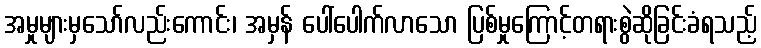
အမှုများမှသော်လည်းကောင်း၊ အမှန် ပေါ်ပေါက်လာသော ပြစ်မှုကြောင့်တရားစွဲဆိုခြင်းခံရသည့်